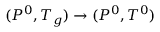
( P ^ { 0 } , T _ { g } ) \rightarrow ( P ^ { 0 } , T ^ { 0 } )